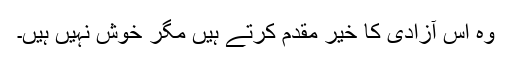
وہ اس آزادی کا خیر مقدم کرتے ہیں مگر خوش نہیں ہیں۔